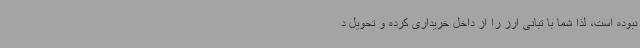
نبوده است، لذا شما با تبانی ارز را از داخل خریداری کرده و تحویل د